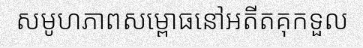
សមូហភាពសម្ពោធនៅអតីតគុកទួល